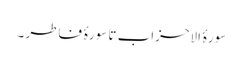
سورۂ الاحزاب تا سورۂ فاطر ۔